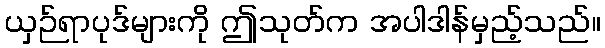
ယှဉ်ရာပုဒ်များကို ဤသုတ်က အပါဒါန်မှည့်သည်။